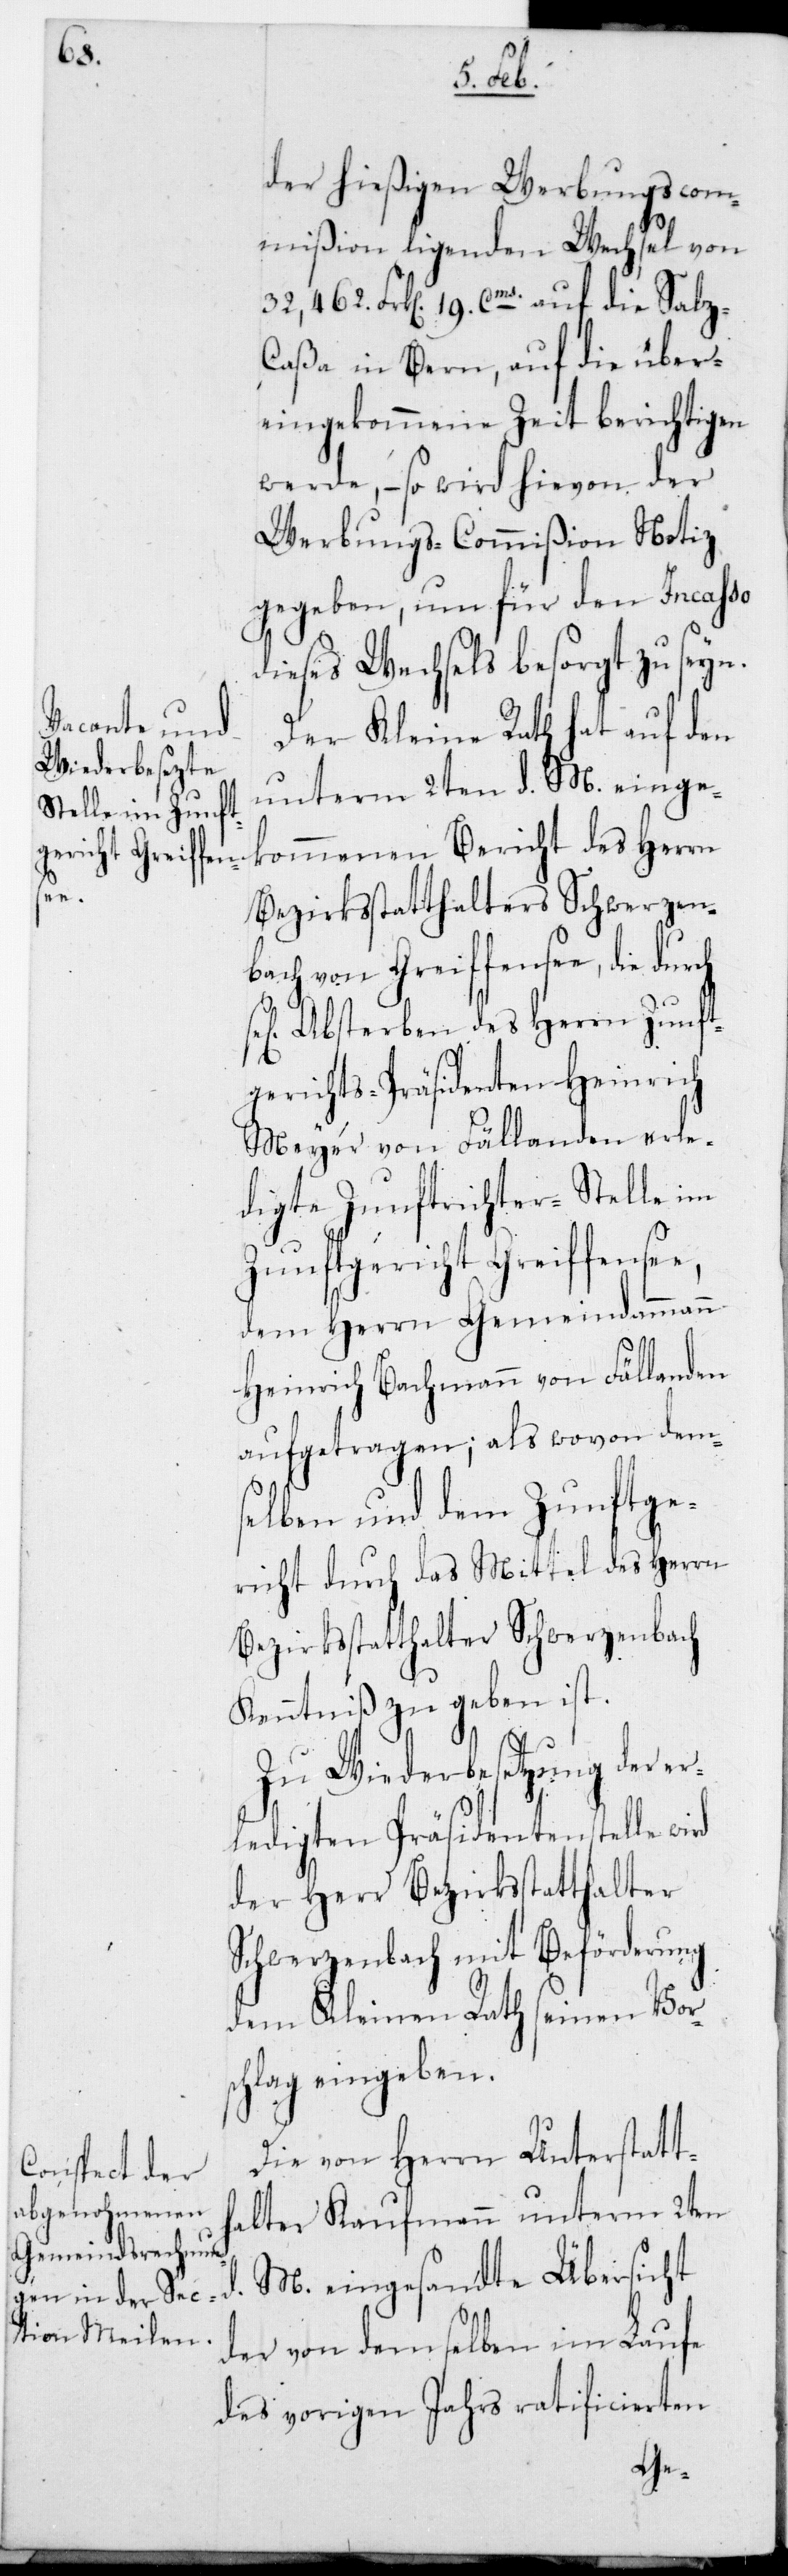
e,

der hießigen Werbungscom¬
mißion ligenden Wechsel von
32,462. Frk[en] 19. Cms. auf die Salz¬
caßa in Bern, auf die über¬
eingekommene Zeit berichtigen
werde, – so wird hievon der
Werbungscommißion Notiz
gegeben, um für den Incasso
dieses Wechsels besorgt zu seyn.
Der Kleine Rath hat auf den
unterm 2ten d. M. einge¬
kommenen Bericht des Herrn
Bezirksstatthalters Schwerzen¬
bach von Greiffensee, die durch
Absterben des Herrn Zunft¬
gerichts-Präsidenten Heinrich
Meyer von Fällanden erle¬
digte Zunftrichterstelle im
Zunftgericht Greiffense¬
dem Herrn Gemeindammmann
Heinrich Bachmann von Fällanden
aufgetragen; als wovon dem¬
selben und dem Zunftge¬
richt durch das Mittel des Herrn
Bezirksstatthalter Schwerzenbach
Kenntniß zu geben ist.
Zu Wiederbesetzung der er¬
ledigten Präsidentenstelle wird
der Herr Bezirksstatthalter
Schwerzenbach mit Beförderung
dem Kleinen Rath seinen Vors¬
chlag eingeben.
Die von Herrn Unterstatt¬
halter Kaufmann unterm 2ten
M. eingesandte Übersicht
d.
der von demselben im Laufe
des vorigen Jahrs ratificierten